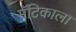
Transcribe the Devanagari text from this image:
मॅटिकाला